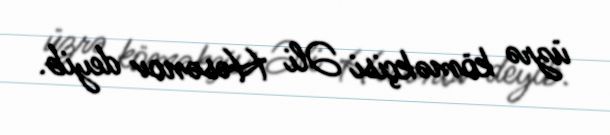
üzrə köməkçisi Əli Həsənov deyib.